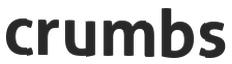
crumbs